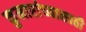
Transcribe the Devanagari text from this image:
कुमारांच्यासाठी